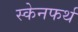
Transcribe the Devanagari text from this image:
स्केनफर्थ